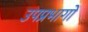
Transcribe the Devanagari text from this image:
उपप्रभागों